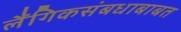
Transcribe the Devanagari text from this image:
लैंगिकसंबधाबाबत